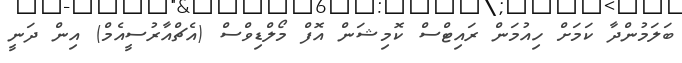
ބަލަމުންދާ ކަމަށް ހިއުމަން ރައިޓްސް ކޮމިޝަން އޮފް މޯލްޑިވްސް (އެޗްއާރުސީއެމް) އިން ދަނީ